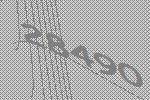
28490